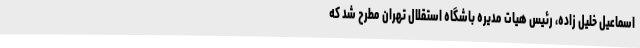
اسماعیل خلیل زاده، رئیس هیات مدیره باشگاه استقلال تهران مطرح شد که